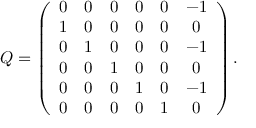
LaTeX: Q = \left( \begin{array} { c c c c c c } { { 0 } } & { { 0 } } & { { 0 } } & { { 0 } } & { { 0 } } & { { - 1 } } \\ { { 1 } } & { { 0 } } & { { 0 } } & { { 0 } } & { { 0 } } & { { 0 } } \\ { { 0 } } & { { 1 } } & { { 0 } } & { { 0 } } & { { 0 } } & { { - 1 } } \\ { { 0 } } & { { 0 } } & { { 1 } } & { { 0 } } & { { 0 } } & { { 0 } } \\ { { 0 } } & { { 0 } } & { { 0 } } & { { 1 } } & { { 0 } } & { { - 1 } } \\ { { 0 } } & { { 0 } } & { { 0 } } & { { 0 } } & { { 1 } } & { { 0 } } \end{array} \right) .